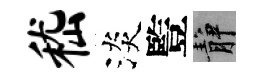
嵇淡䜿静